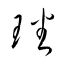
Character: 璠